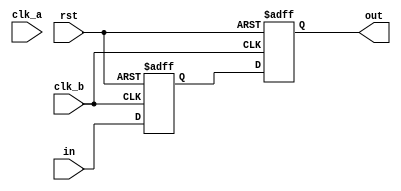
module bistable_domain_cross(
    rst,
    clk_a,
    in,
    clk_b,
    out
);
parameter width = 1;
input rst;
input clk_a;
input [width-1:0] in;
input clk_b;
output [width-1:0] out;

// We use a two-stages shift-register to synchronize in to the clk_b clock domain
reg [width-1:0] sync_clk_b [1:0];
always @(posedge clk_b or posedge rst)
begin
    if (rst == 1) begin
        sync_clk_b[0] <= 0;
        sync_clk_b[1] <= 0;
    end else begin
        sync_clk_b[0] <= in;
        sync_clk_b[1] <= sync_clk_b[0];
    end
end

assign out = sync_clk_b[1];  // new signal synchronized to (=ready to be used in) clk_b domain

endmodule